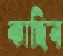
কাহিন